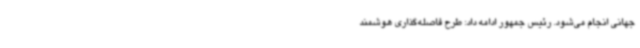
جهانی انجام می‌شود. رئیس جمهور ادامه داد: طرح فاصله‌گذاری هوشمند